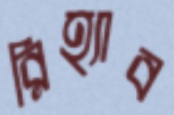
রিহ্যাব